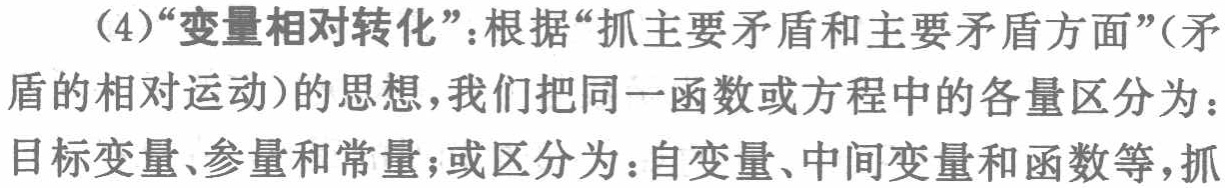
（4）“变量相对转化”：根据“抓主要矛盾和主要矛盾方面”（矛盾的相对运动）的思想，我们把同一函数或方程中的各量区分为：目标变量、参量和常量；或区分为：自变量、中间变量和函数等，抓